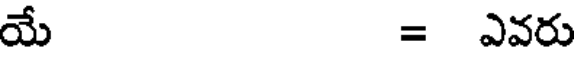
యే = ఎవరు